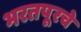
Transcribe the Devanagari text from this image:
भरतपूरचे